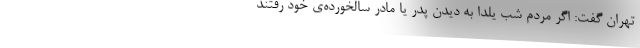
تهران گفت: اگر مردم شب یلدا به دیدن پدر یا مادر سالخورده‌ی خود رفتند